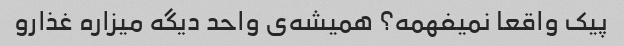
پیک واقعا نمیفهمه؟ همیشه‌ی واحد دیگه میزاره غذارو